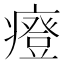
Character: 𤺌